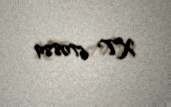
XT 670889